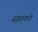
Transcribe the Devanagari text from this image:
सप्तको